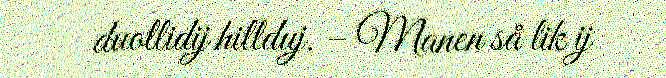
duollidij hillduj. – Manen så lik ij